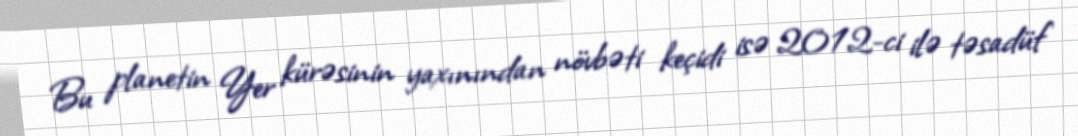
Bu planetin Yer kürəsinin yaxınından növbəti keçidi isə 2012-ci ilə təsadüf